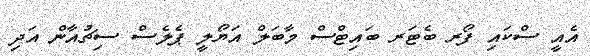
އެއީ ސްކައި ފޯރ ބެޓަރ ބައިޓްސް މާބަލް އަޔޯލީ ޕެލެސް ސިޗުއާން އަދި